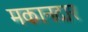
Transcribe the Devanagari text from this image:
मकानदार